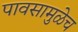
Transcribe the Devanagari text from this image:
पावसामुळेच